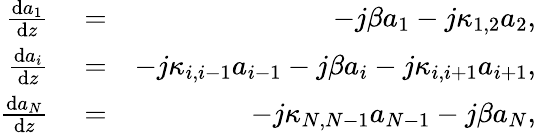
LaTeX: \begin{array}{rlr}{\frac{\mathrm{d}a_{1}}{\mathrm{d}z}}&{{}=}&{-j\beta a_{1}-j\kappa_{1,2}a_{2},}\\ {\frac{\mathrm{d}a_{i}}{\mathrm{d}z}}&{{}=}&{-j\kappa_{i,i-1}a_{i-1}-j\beta a_{i}-j\kappa_{i,i+1}a_{i+1},}\\ {\frac{\mathrm{d}a_{N}}{\mathrm{d}z}}&{{}=}&{-j\kappa_{N,N-1}a_{N-1}-j\beta a_{N},}\end{array}